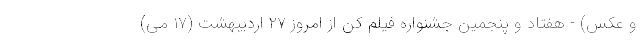
و عکس) - هفتاد و پنجمین جشنواره فیلم کن از امروز ۲۷ اردیبهشت (۱۷ می)